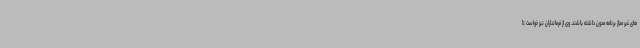
های غیر مجاز برنامه مدون داشته باشند. وی از فرمانداران نیز خواست تا